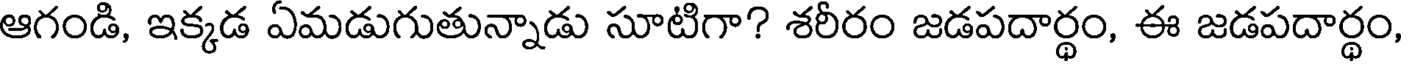
ఆగండి, ఇక్కడ ఏమడుగుతున్నాడు సూటిగా? శరీరం జడపదార్థం, ఈ జడపదార్థం,